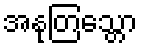
အနုတြသ္တော